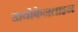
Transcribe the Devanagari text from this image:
डायोफेनताइन